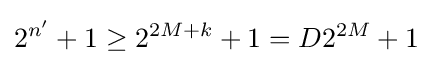
2^{n'}+1\geq 2^{2M+k}+1=D2^{2M}+1